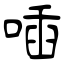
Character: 喢